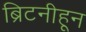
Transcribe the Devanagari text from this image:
ब्रिटनीहून